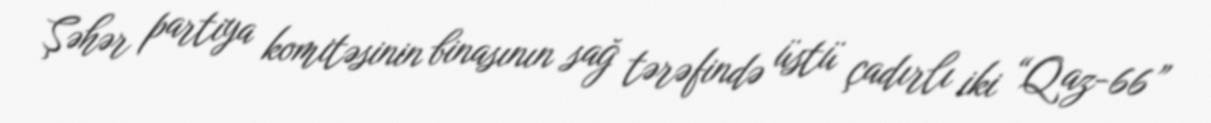
Şəhər partiya komitəsinin binasının sağ tərəfində üstü çadırlı iki “Qaz-66”